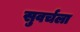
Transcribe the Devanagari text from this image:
सुवर्चला